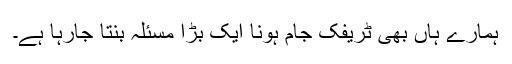
ہمارے ہاں بھی ٹریفک جام ہونا ایک بڑا مسئلہ بنتا جارہا ہے۔